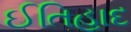
ઈતિહાદ